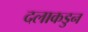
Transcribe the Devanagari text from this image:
दलाकडुन